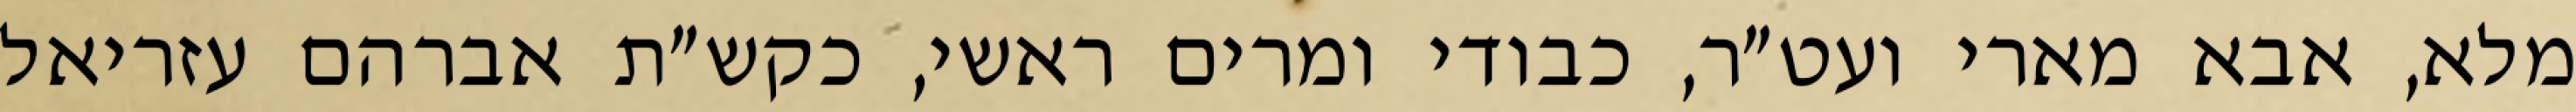
מלא, אבא מארי ועט״ר, כבודי ומרים ראשי, כקש״ת אברהם עזריאל